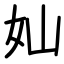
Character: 奾